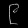
Digit: ၉